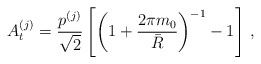
\begin{align*}A^{(j)}_t={p^{(j)}\over \sqrt 2} \left[\left( 1+ {2\pi m_0 \over \bar{R}} \right)^{-1} - 1\right] \, ,\end{align*}